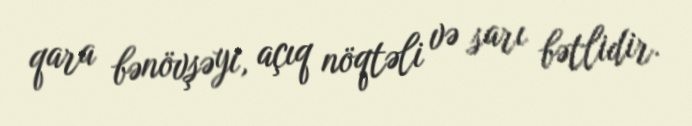
qara bənövşəyi, açıq nöqtəli və sarı bətlidir.